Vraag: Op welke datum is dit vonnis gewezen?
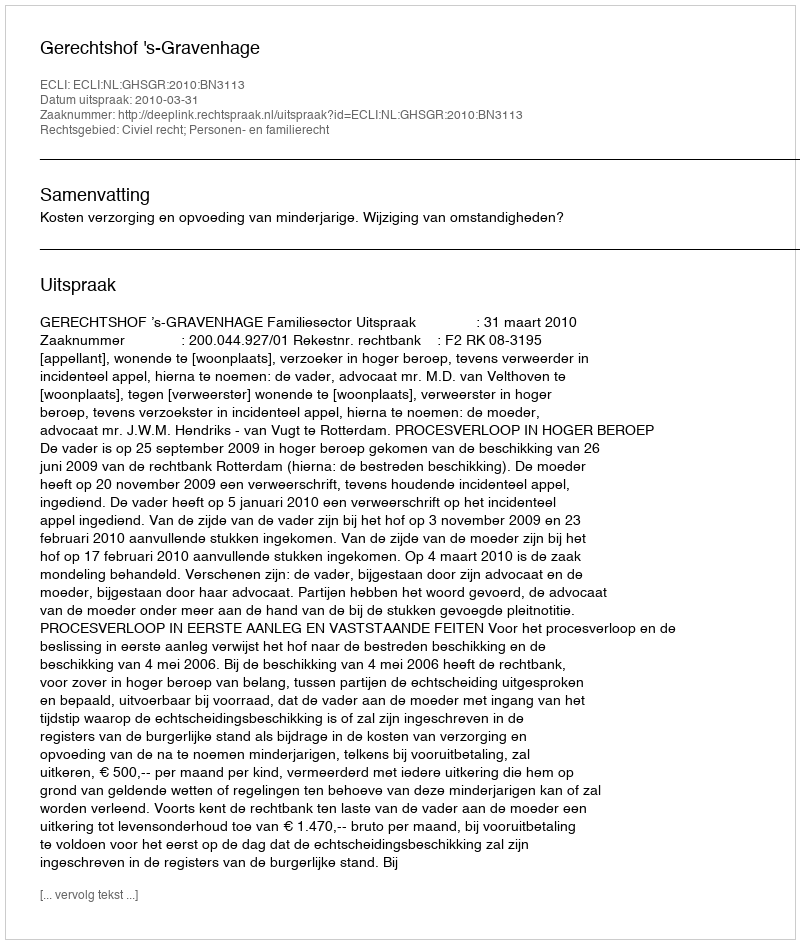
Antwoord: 2010-03-31